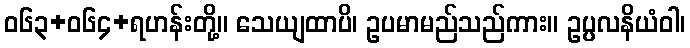
ဝ၆၃+၀၆၄+ရဟန်းတို့။ သေယျထာပိ၊ ဥပမာမည်သည်ကား။ ဥပ္ပလနိယံဝါ၊